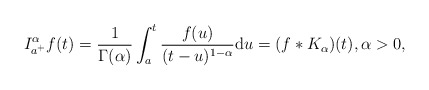
\begin{align*} I^{\alpha}_{a^+} f(t) & =\frac{1}{\Gamma(\alpha)}\int_{a}^t\frac{f(u)}{ (t-u)^{1-\alpha}}\mathrm du = (f \ast K_\alpha )(t), \alpha > 0,\end{align*}